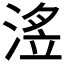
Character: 𭱗